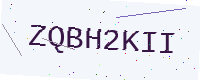
Text: ZQBH2KII